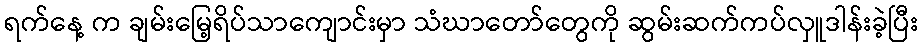
ရက်နေ့ က ချမ်းမြေ့ရိပ်သာကျောင်းမှာ သံဃာတော်တွေကို ဆွမ်းဆက်ကပ်လှူဒါန်းခဲ့ပြီး